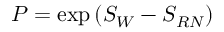
P = \exp \left( { \cal S } _ { W } - { \cal S } _ { R N } \right)